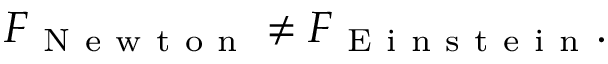
F _ { \mathrm { ~ N ~ e ~ w ~ t ~ o ~ n ~ } } \neq F _ { \mathrm { ~ E ~ i ~ n ~ s ~ t ~ e ~ i ~ n ~ } } .